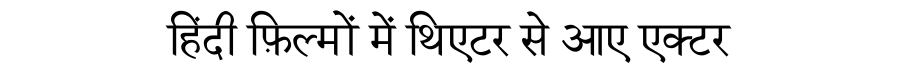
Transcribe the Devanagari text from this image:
हिंदी फ़िल्मों में थिएटर से आए एक्टर